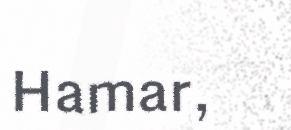
Hamar,